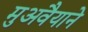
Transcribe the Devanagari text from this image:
मुअवैयाने